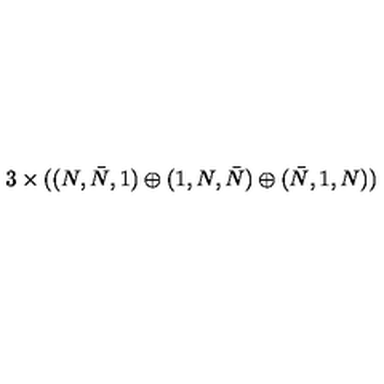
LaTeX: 3 \times ( ( N , \bar { N } , 1 ) \oplus ( 1 , N , \bar { N } ) \oplus ( \bar { N } , 1 , N ) )